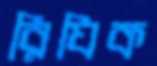
রিযিক